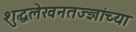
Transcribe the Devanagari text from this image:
शुद्धलेखनतज्ज्ञांच्या